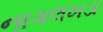
નાગલખડા